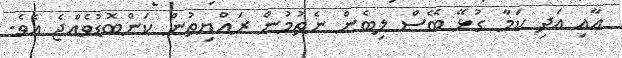
އާއި އަދި ކަމާ ގުޅޭ ބޭސް ލިބެން ނެތުމުން ރައްޔިތުން ކަންބޮޑުވެއްޖެ އެވެ.